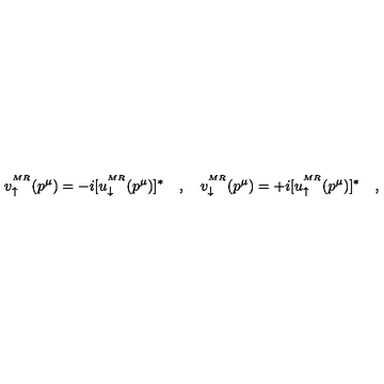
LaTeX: v _ { \uparrow } ^ { ^ { M R } } ( p ^ { \mu } ) = - i [ u _ { \downarrow } ^ { ^ { M R } } ( p ^ { \mu } ) ] ^ { \ast } \quad , \quad v _ { \downarrow } ^ { ^ { M R } } ( p ^ { \mu } ) = + i [ u _ { \uparrow } ^ { ^ { M R } } ( p ^ { \mu } ) ] ^ { \ast } \quad ,